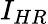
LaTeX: I_{HR}